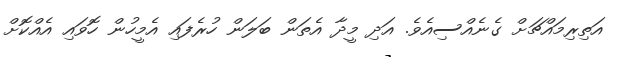
އަތިރިމައްޗަށް ގެނެއްސިއެވެ. އަދި މީދާ އެތަން ބަލަން ހުރެފައި އެމީހުން ހޮވައި އެއްކޮށް